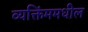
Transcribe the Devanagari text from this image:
व्यक्तिंममधील